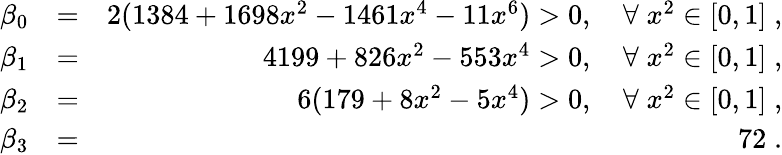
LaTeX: \begin{array}{rlr}{\beta_{0}}&{=}&{2(1384+1698x^{2}-1461x^{4}-11x^{6})>0,\quad\forall\; x^{2}\in[0,1]\; ,}\\ {\beta_{1}}&{=}&{4199+826x^{2}-553x^{4}>0,\quad\forall\; x^{2}\in[0,1]\; ,}\\ {\beta_{2}}&{=}&{6(179+8x^{2}-5x^{4})>0,\quad\forall\; x^{2}\in[0,1]\; ,}\\ {\beta_{3}}&{=}&{72\; .}\end{array}